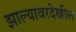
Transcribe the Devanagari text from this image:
झाल्यावरदेखील